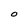
Character: O